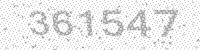
Solution: 361547